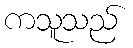
ကသူသည်